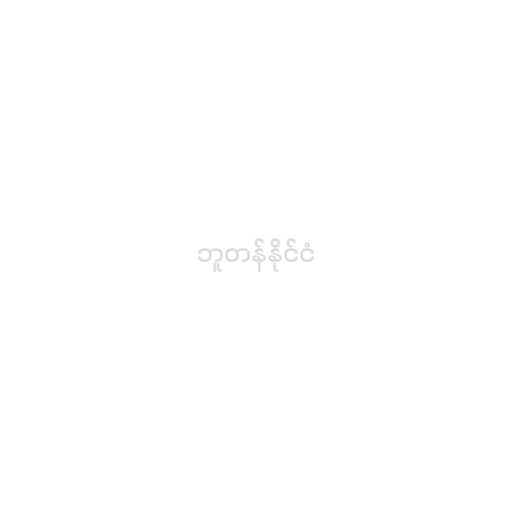
ဘူတန်နိုင်ငံ